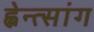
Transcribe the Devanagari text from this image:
ह्वेन्त्सांग